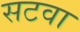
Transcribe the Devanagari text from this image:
सटवा